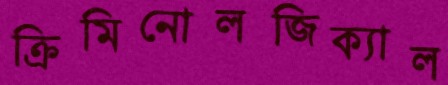
ক্রিমিনোলজিক্যাল